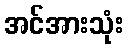
အင်အားသုံး